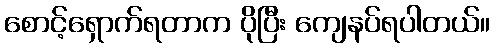
စောင့်ရှောက်ရတာက ပိုပြီး ကျေနပ်ရပါတယ်။